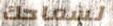
لسماحك